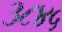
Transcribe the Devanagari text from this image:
३८४५